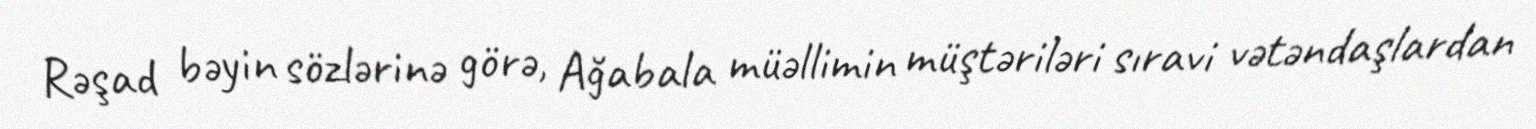
Rəşad bəyin sözlərinə görə, Ağabala müəllimin müştəriləri sıravi vətəndaşlardan